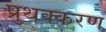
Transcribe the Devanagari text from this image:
प्रुथक्करण